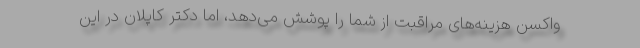
واکسن هزینه‌های مراقبت از شما را پوشش می‌دهد، اما دکتر کاپلان در این